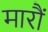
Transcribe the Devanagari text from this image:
मारौं